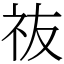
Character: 鿆